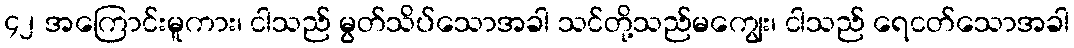
၄၂ အကြောင်းမူကား၊ ငါသည် မွတ်သိပ်သောအခါ သင်တို့သည်မကျွေး၊ ငါသည် ရေငတ်သောအခါ